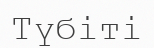
Түбіті